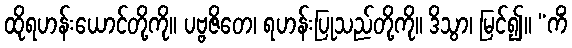
ထိုရဟန်းယောင်တို့ကို။ ပဗ္ဗဇိတေ၊ ရဟန်းပြုသည်တို့ကို။ ဒိသွာ၊ မြင်၍။ “ကိံ